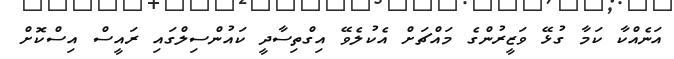
އަނެއްކާ ކަމާ ގުޅޭ ވަޒީރުންގެ މައްޗަށް އެކުލެވޭ އިގްތިސާދީ ކައުންސިލްގައި ރައީސް އިސްކޮށް